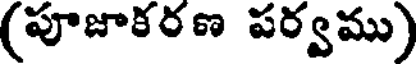
(పూజాకరణ పర్వము)